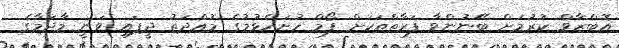
އޮބްޒާވް ކުރުމަށް ބޭނުންވާ ފަރާތްތަކަށް ފޯމް ހުށަހެޅުމުގެ މުއްދަތު ދީފައި ވަނީ މާދަމާގެ